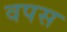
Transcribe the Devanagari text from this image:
वपस